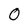
Character: 0